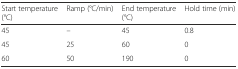
| Start temperature (°C) | Ramp (°C/min) | End temperature (°C) | Hold time (min) |
 | --- | --- | --- | --- |
 | 45 | – | 45 | 0.8 |
 | 45 | 25 | 60 | 0 |
 | 60 | 50 | 190 | 0 |